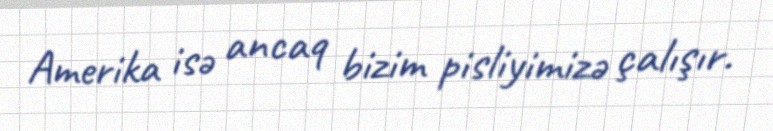
Amerika isə ancaq bizim pisliyimizə çalışır.